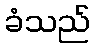
ခံသည်